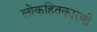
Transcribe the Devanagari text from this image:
लोकहितकारणी